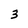
Character: 3